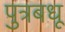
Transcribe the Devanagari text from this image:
पुत्रबधू